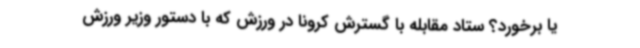
یا برخورد؟ ستاد مقابله با گسترش کرونا در ورزش که با دستور وزیر ورزش